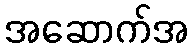
အဆောက်အ